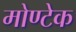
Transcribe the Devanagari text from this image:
मोण्टेक